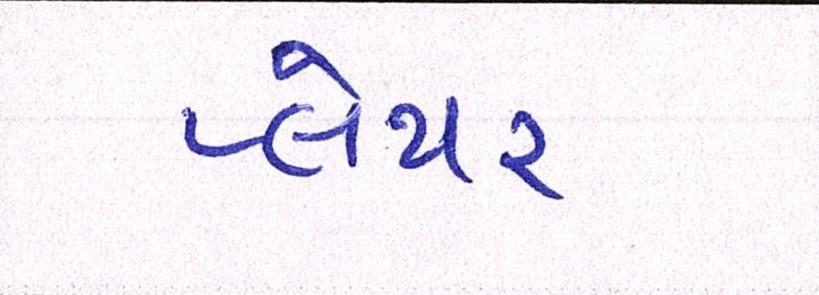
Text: પ્લેયર